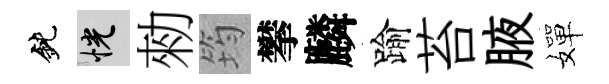
鈍恍勑筠攀麟踰苔腋嬋